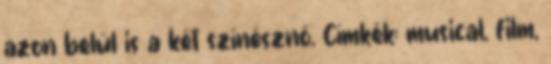
azon belül is a két színésznő. Címkék: musical, film,